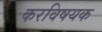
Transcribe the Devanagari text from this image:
करविषयक